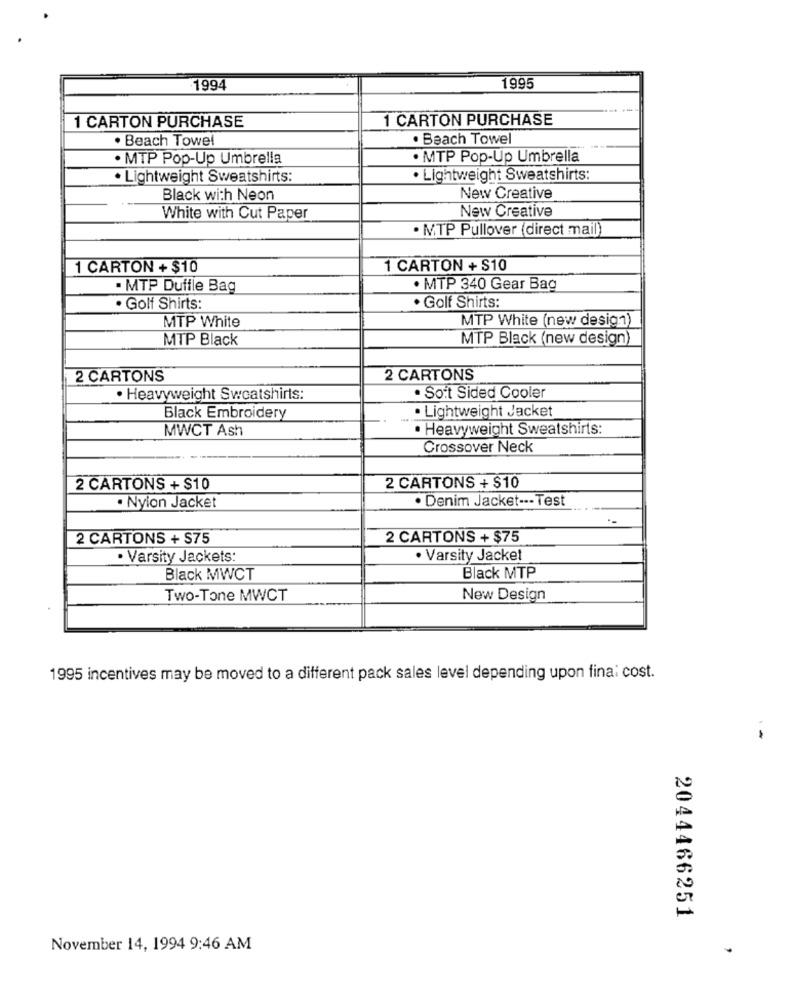
1994
1995
1 CARTON PURCHASE
1 CARTON PURCHASE
. Beach Towel
. Beach Towel
· MTP Pop-Up Umbrella
· MTP Pop-Up Umbrella
· Lightweight Sweatshirts:
. Lightweight Sweatshirts:
Black with Neon
New Creative
New Creative
White with Cut Paper
· MTP Pullover (direct mail)
1 CARTON + $10
1 CARTON + $10
· MTP Duffle Bag
· MTP 340 Gear Bag
. Golf Shirts:
. Golf Shirts:
MTP White (new design)
MTP White
MTP Black
MTP Black (new design)
2 CARTONS
2 CARTONS
· Heavyweight Sweatshirts:
· Soit Sided Cooler
· Lightweight Jacket
Black Embroidery
MWCT Ash
· Heavyweight Sweatshirts:
Crossover Neck
2 CARTONS + $10
2 CARTONS + $10
. Nylon Jacket
· Denim Jacket --- Test
2 CARTONS + S75
2 CARTONS + $75
· Varsity Jackets:
· Varsity Jacket
Black MWCT
Black MTP
Two-Tone MWCT
New Design
1995 incentives may be moved to a different pack sales level depending upon fina: cost.
2044466251
November 14, 1994 9:46 AM